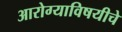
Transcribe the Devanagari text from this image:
आरोग्याविषयीचे